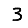
Digit: 3